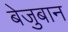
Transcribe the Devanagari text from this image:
बेजुबान